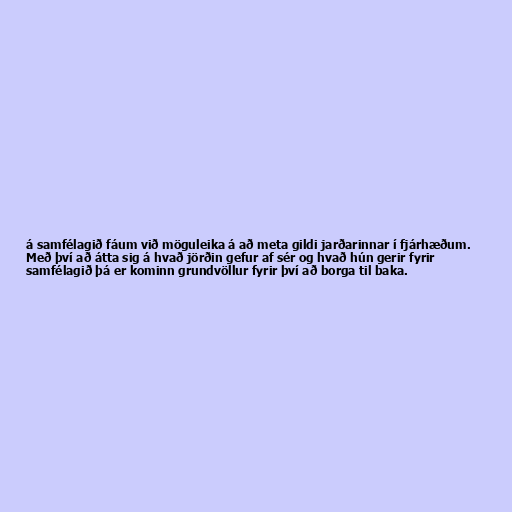
á samfélagið fáum við möguleika á að meta gildi jarðarinnar í fjárhæðum.
Með því að átta sig á hvað jörðin gefur af sér og hvað hún gerir fyrir
samfélagið þá er kominn grundvöllur fyrir því að borga til baka.